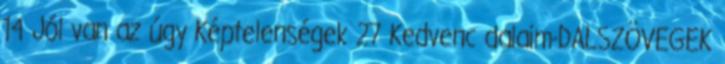
14 Jól van az úgy Képtelenségek 27 Kedvenc dalaim-DALSZÖVEGEK